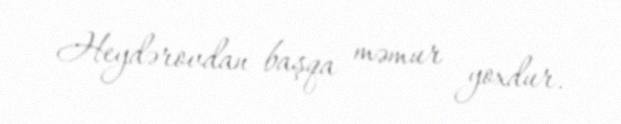
Heydərovdan başqa məmur yoxdur.